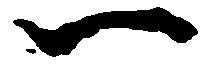
一